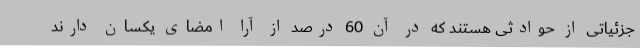
جزئیاتی از حوادثی هستند که در آن 60 درصد از آرا امضای یکسان دارند